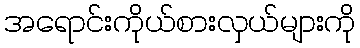
အရောင်းကိုယ်စားလှယ်များကို